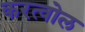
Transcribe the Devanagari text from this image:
करत्वोल